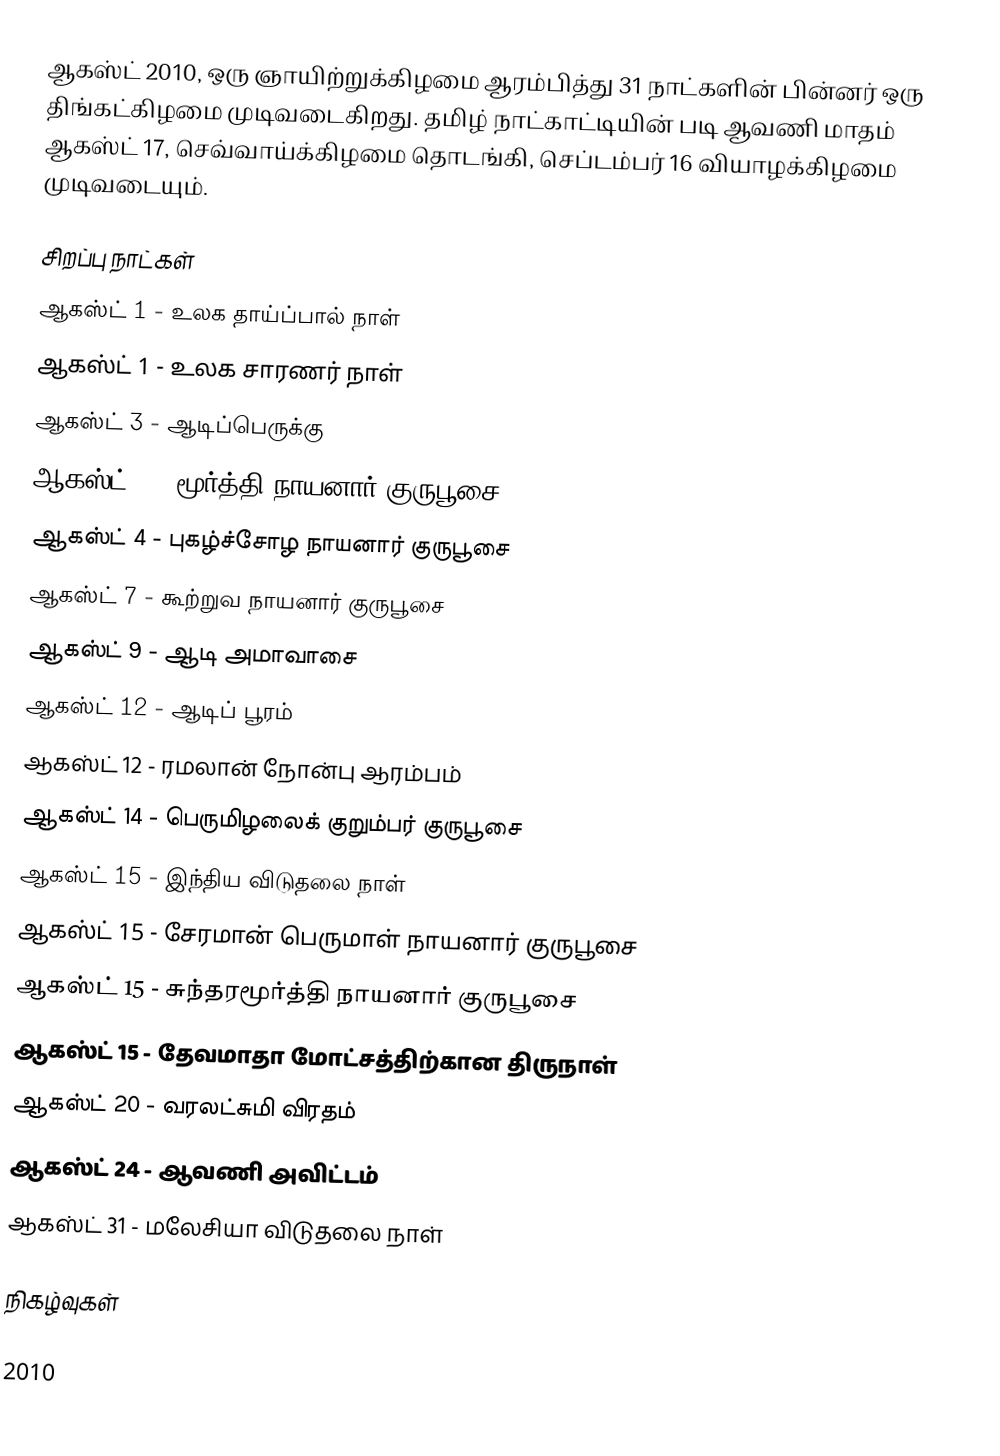
ஆகஸ்ட் 2010, ஒரு ஞாயிற்றுக்கிழமை ஆரம்பித்து 31 நாட்களின் பின்னர் ஒரு திங்கட்கிழமை முடிவடைகிறது. தமிழ் நாட்காட்டியின் படி ஆவணி மாதம் ஆகஸ்ட் 17, செவ்வாய்க்கிழமை தொடங்கி, செப்டம்பர் 16 வியாழக்கிழமை முடிவடையும்.

சிறப்பு நாட்கள்
 ஆகஸ்ட் 1 - உலக தாய்ப்பால் நாள்
 ஆகஸ்ட் 1 - உலக சாரணர் நாள்
 ஆகஸ்ட் 3 - ஆடிப்பெருக்கு
 ஆகஸ்ட் 4 - மூர்த்தி நாயனார் குருபூசை
 ஆகஸ்ட் 4 - புகழ்ச்சோழ நாயனார் குருபூசை
 ஆகஸ்ட் 7 - கூற்றுவ நாயனார் குருபூசை
 ஆகஸ்ட் 9 - ஆடி அமாவாசை
 ஆகஸ்ட் 12 - ஆடிப் பூரம்
 ஆகஸ்ட் 12 - ரமலான் நோன்பு ஆரம்பம்
 ஆகஸ்ட் 14 - பெருமிழலைக் குறும்பர் குருபூசை
 ஆகஸ்ட் 15 - இந்திய விடுதலை நாள்
 ஆகஸ்ட் 15 - சேரமான் பெருமாள் நாயனார் குருபூசை
 ஆகஸ்ட் 15 - சுந்தரமூர்த்தி நாயனார் குருபூசை
 ஆகஸ்ட் 15 - தேவமாதா மோட்சத்திற்கான திருநாள்
 ஆகஸ்ட் 20 - வரலட்சுமி விரதம்
 ஆகஸ்ட் 24 - ஆவணி அவிட்டம்
 ஆகஸ்ட் 31 - மலேசியா விடுதலை நாள்

நிகழ்வுகள்

2010